Report of the Indian Hemp Drugs Commission, 1894-1895 - Volume IV
Year: 1894
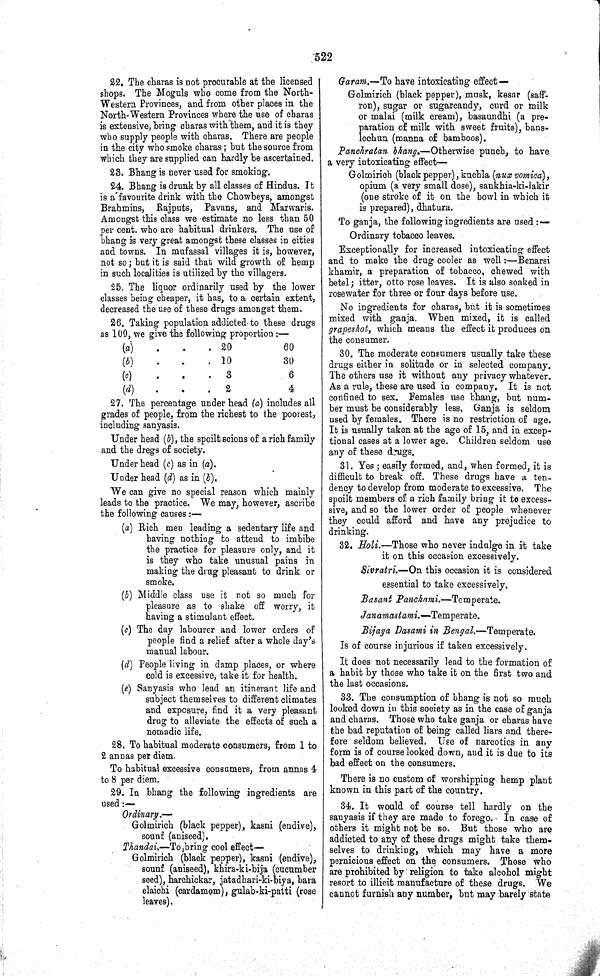
522
22. The charas is not procurable at the licensed
shops. The Moguls who come from the North-
Western Provinces, and from other places in the
North-Western Provinces where the use of charas
is extensive, bring charas with them, and it is they
who supply people with charas. There are people
in the city who smoke charas; but the source from
which they are supplied can hardly be ascertained.
23. Bhang is never used for smoking.
24. Bhang is drunk by all classes of Hindus. It
is a favourite drink with the Chowbeys, amongst
Brahmins, Rajputs, Pavans, and Marwaris.
Amongst this class we estimate no less than 50
per cent. who are habitual drinkers. The use of
bhang is very great amongst these classes in cities
and towns. In mufassal villages it is, however,
not so; but it is said that wild growth of hemp
in such localities is utilized by the villagers.
25. The liquor ordinarily used by the lower
classes being cheaper, it has, to a certain extent,
decreased the use of these drugs amongst them.
26. Taking population addicted to these drugs
as 100, we give the following proportion:—
(a)
20
60
(b)
10
30
(c)
3
6
(d)
2
4
27. The percentage under head (a) includes all
grades of people, from the richest to the poorest,
including sanyasis.
Under head (b), the spoilt scions of a rich family
and the dregs of society.
Under head (c) as in (a).
Under head (d) as in (b).
We can give no special reason which mainly
leads to the practice. We may, however, ascribe
the following causes:—
(a) Rich men leading a sedentary life and
having nothing to attend to imbibe
the practice for pleasure only, and it
is they who take unusual pains in
making the drug pleasant to drink or
smoke.
(b) Middle class use it not so much for
pleasure as to shake off worry, it
having a stimulant effect.
(c) The day labourer and lower orders of
people find a relief after a whole day's
manual labour.
(d) People living in damp places, or where
cold is excessive, take it for health.
(e) Sanyasis who lead an itinerant life and
subject themselves to different climates
and exposure, find it a very pleasant
drug to alleviate the effects of such a
nomadic life.
28. To habitual moderate consumers, from 1 to
2 annas per diem.
To habitual excessive consumers, from annas 4
to 8 per diem.
29. In bhang the following ingredients are
used:—
Ordinary.—
Golmirich (black pepper), kasni (endive),
sounf (aniseed).
Thandai.—To bring cool effect—
Golmirich (black pepper), kasni (endive),
sounf (aniseed), khira-ki-bija (cucumber
seed), harchickar, jatadhari-ki-biya, bara
elaichi (cardamom), gulab-ki-patti (rose
leaves).
Garam.—To have intoxicating effect—
Golmirich (black pepper), musk, kesar (saff-
ron), sugar or sugarcandy, curd or milk
or malai (milk cream), basaundhi (a pre-
paration of milk with sweet fruits), bans-
lochun (manna of bamboos).
Panchratan bhang.—Otherwise punch, to have
a very intoxicating effect—
Golmirich (black pepper), kuchla (nux vomica),
opium (a very small dose), sankhia-ki-lakir
(one stroke of it on the bowl in which it
is prepared), dhatura.
To ganja, the following ingredients are used:—
Ordinary tobacco leaves.
Exceptionally for increased intoxicating effect
and to make the drug cooler as well:—Benarsi
khamir, a preparation of tobacco, chewed with
betel; itter, otto rose leaves. It is also soaked in
rosewater for three or four days before use.
No ingredients for charas, but it is sometimes
mixed with ganja. When mixed, it is called
grapeshot, which means the effect it produces on
the consumer.
30. The moderate consumers usually take these
drugs either in solitude or in selected company.
The others use it without any privacy whatever.
As a rule, these are used in company. It is not
confined to sex. Females use bhang, but num-
ber must be considerably less. Ganja is seldom
used by females. There is no restriction of age.
It is usually taken at the age of 15, and in excep-
tional cases at a lower age. Children seldom use
any of these drugs.
31. Yes; easily formed, and, when formed, it is
difficult to break off. These drugs have a ten-
dency to develop from moderate to excessive. The
spoilt members of a rich family bring it to excess-
sive, and so the lower order of people whenever
they could afford and have any prejudice to
drinking.
32. Holi.—Those who never indulge in it take
it on this occasion excessively.
Sivratri.—On this occasion it is considered
essential to take excessively.
Basant Panchami.—Temperate.
Janamastami.— Temperate.
Bijaya Dasami in Bengal.—Temperate.
Is of course injurious if taken excessively.
It does not necessarily lead to the formation of
a habit by those who take it on the first two and
the last occasions.
33. The consumption of bhang is not so much
looked down in this society as in the case of ganja
and charas. Those who take ganja or charas have
the bad reputation of being called liars and there-
fore seldom believed. Use of narcotics in any
form is of course looked down, and it is due to its
bad effect on the consumers.
There is no custom of worshipping hemp plant
known in this part of the country.
34. It would of course tell hardly on the
sanyasis if they are made to forego. In case of
others it might not be so. But those who are
addicted to any of these drugs might take them-
selves to drinking, which may have a more
pernicious effect on the consumers. Those who
are prohibited by religion to take alcohol might
resort to illicit manufacture of these drugs. We
cannot furnish any number, but may barely state